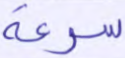
سرعة